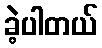
ခဲ့ပါတယ်